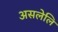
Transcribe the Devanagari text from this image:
असलेलि